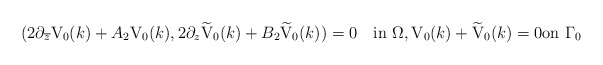
\begin{align*}(2\partial_{\overline z}{\mbox V}_{0}(k) +A_2{\mbox V}_{0}(k), 2\partial_{ z}\widetilde {\mbox V}_{0}(k) +B_2 \widetilde{\mbox V}_{0}(k))=0\quad\mbox{in}\,\,\Omega,{\mbox V}_{0}(k)+\widetilde {\mbox V}_{0}(k)=0\mbox{on}\,\,\Gamma_0\end{align*}